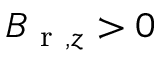
B _ { \mathrm { ~ r ~ } , z } > 0